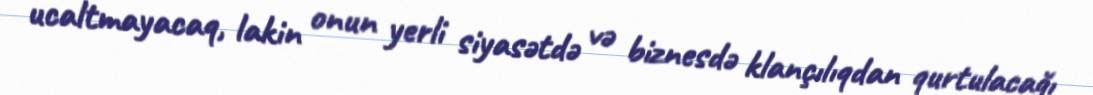
ucaltmayacaq, lakin onun yerli siyasətdə və biznesdə klançılıqdan qurtulacağı